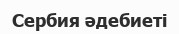
Сербия әдебиеті